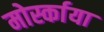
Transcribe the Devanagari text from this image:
मोर्स्काया